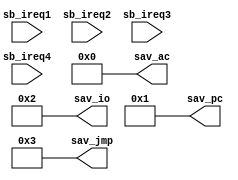
module pdp1_sbs_decoder(sb_ireq1, sb_ireq2, sb_ireq3, sb_ireq4,
			sav_ac, sav_io, sav_pc, sav_jmp);
   parameter sbs_model = "SBS";
   input sb_ireq1;
   input sb_ireq2;
   input sb_ireq3;
   input sb_ireq4;
   output [0:11] sav_ac;
   output [0:11] sav_io;
   output [0:11] sav_pc;
   output [0:11] sav_jmp;
   generate
      if(sbs_model == "SBS") begin
	 assign sav_ac  = 12'o0000;
	 assign sav_io  = 12'o0002;
	 assign sav_pc  = 12'o0001;
	 assign sav_jmp = 12'o0003;
      end
      else begin
	 reg [0:11] r_ac;
	 reg [0:11] r_pc;
	 reg [0:11] r_io;
	 reg [0:11] r_jmp;
	 assign sav_ac = r_ac;
	 assign sav_io = r_io;
	 assign sav_jmp = r_jmp;
	 assign sav_pc = r_pc;
	 always @(sb_ireq1 or sb_ireq2 or sb_ireq3 or sb_ireq4) begin
	    case({sb_ireq1, sb_ireq2, sb_ireq3, sb_ireq4})
	      4'b1XXX:
		begin
		   r_ac  <= 12'o0000;
		   r_pc  <= 12'o0001;
		   r_io  <= 12'o0002;
		   r_jmp <= 12'o0003;
		end
	      4'bX1XX:
		begin
		   r_ac  <= 12'o0004;
		   r_pc  <= 12'o0005;
		   r_io  <= 12'o0006;
		   r_jmp <= 12'o0007;		   
		end
	      4'bXX1X:
		begin
		   r_ac  <= 12'o0010;
		   r_pc  <= 12'o0011;
		   r_io  <= 12'o0012;
		   r_jmp <= 12'o0013;		   
		end	      
	      4'bXXX1:
		begin
		   r_ac  <= 12'o0014;
		   r_pc  <= 12'o0015;
		   r_io  <= 12'o0016;
		   r_jmp <= 12'o0017;		   
		end
	      default:
		begin
		   r_ac  <= 12'o0000;
		   r_pc  <= 12'o0000;
		   r_io  <= 12'o0000;
		   r_jmp <= 12'o0000;		   
		end
	    endcase 
	 end
      end
   endgenerate
endmodule